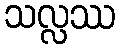
သလ္လဿ